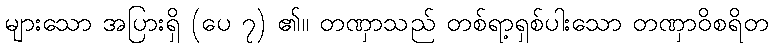
များသော အပြားရှိ (ပေ ၇) ၏။ တဏှာသည် တစ်ရာ့ရှစ်ပါးသော တဏှာဝိစရိတ